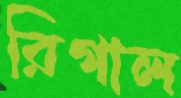
রিগাল